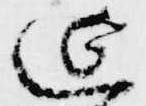
延